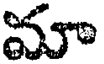
మా